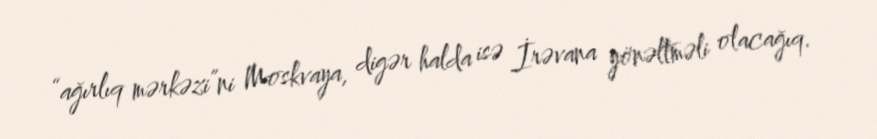
“ağırlıq mərkəzi”ni Moskvaya, digər halda isə İrəvana yönəltməli olacağıq.